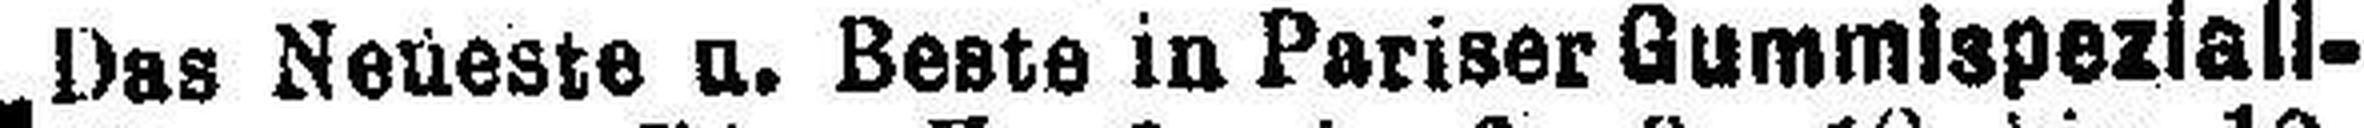
„Das Neueste u. Beste in Pariser Gummispeziall¬